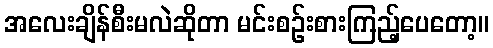
အလေးချိန်စီးမလဲဆိုတာ မင်းစဉ်းစားကြည့်ပေတော့။